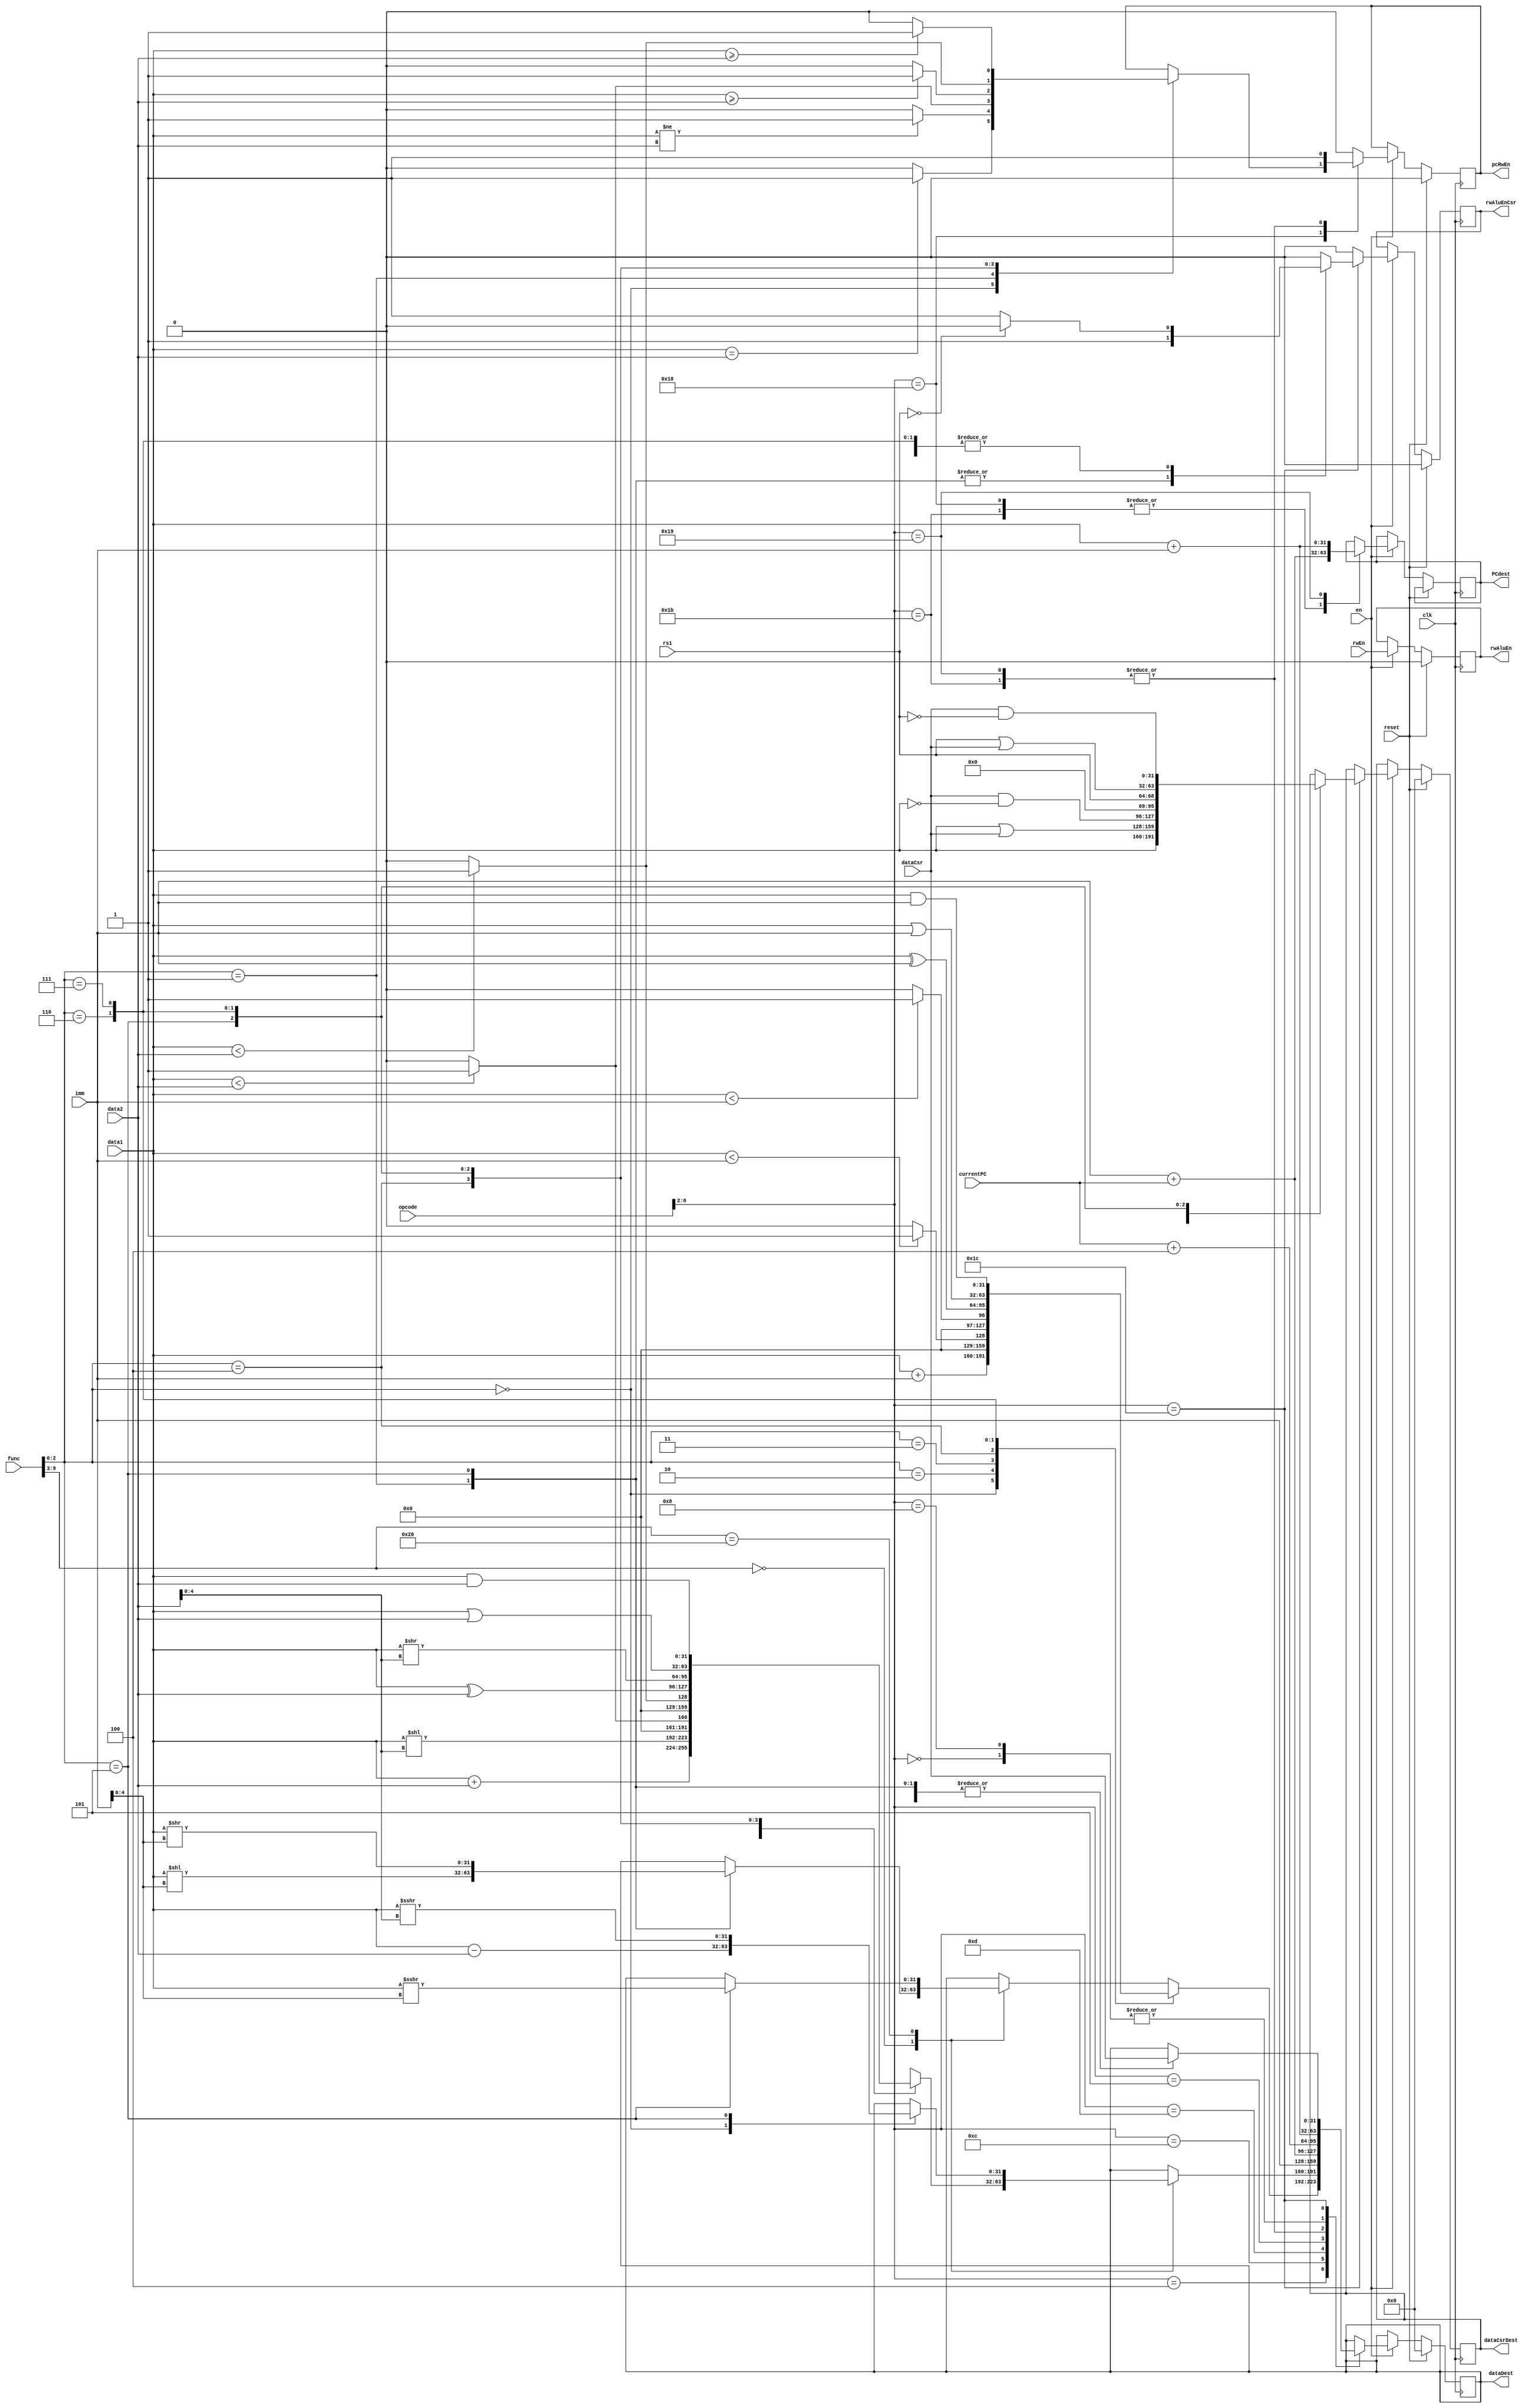
/* verilator lint_off UNUSED */
module alu(
    input wire clk,
    input wire en,
    input wire reset,
    input wire rwEn,
    input wire [31:0] imm,
    input wire [31:0] data1,
    input wire [31:0] data2,
    input wire [31:0] dataCsr,
    output reg [31:0] dataDest,
    output reg [31:0] dataCsrDest,
    input wire [6:0] opcode,
    input wire [14:0] func,
    input wire [31:0] currentPC,
    output reg [31:0] PCdest,
    output reg pcRwEn,
    output reg rwAluEn,
    output reg rwAluEnCsr,
    input wire [4:0] rs1
);

//We will implement the functions in order, first create test functions and the implemnt it

always @(posedge clk) begin
    if(reset) begin
        rwAluEn <= 1'b0;
        dataDest <= 32'h0;
        rwAluEnCsr <= 1'b0;
        pcRwEn <= 1'b0;
        dataCsrDest <= 32'h0;
    end
    else if(en == 1'b1) begin
        rwAluEn <= rwEn;

        case(opcode[6:2])
            5'b00100: begin //OP-IMM normal alu operation
                case(func[2:0])
                    3'b000: begin //ADDI
                        dataDest <= $signed(data1) + $signed(imm);
                    end
                    3'b010: begin //SLTI
                        dataDest <= ($signed(data1) < $signed(imm)) ? 32'h1 : 32'h0;
                    end
                    3'b011: begin //SLTI
                        dataDest <= (data1 < imm) ? 32'h1 : 32'h0;
                    end
                    3'b100: begin //XORI
                        dataDest <= data1 ^ imm;
                    end
                    3'b110: begin //ORI
                        dataDest <= data1 | imm;
                    end
                    3'b111: begin //ANDI
                        dataDest <= data1 & imm;
                    end
                    default: begin
                        case(func[9:3])
                            7'b0000000: begin
                                case(func[2:0])
                                    3'b001: begin
                                        dataDest <= data1 << imm[4:0];
                                    end
                                    3'b101: begin
                                        dataDest <= data1 >> imm[4:0];
                                    end
                                    default: begin

                                    end
                                endcase
                            end
                            7'b0100000: begin
                                case(func[2:0])
                                    3'b101: begin
                                        dataDest <= data1 >>> imm[4:0];
                                    end
                                    default: begin

                                    end
                                endcase
                            end
                            default: begin
                                
                            end
                        endcase
                    end
                endcase
                pcRwEn <= 1'b0;
                rwAluEnCsr <= 1'b0;
            end
            5'b01100: begin //OP normal alu operation
                case(func[9:3])
                    7'b0000000: begin
                        case(func[2:0])
                            3'b000: begin //ADD
                                dataDest <= $signed(data1) + $signed(data2);
                            end
                            3'b001: begin //SLL
                                dataDest <= data1 << data2[4:0];
                            end
                            3'b010: begin //SLT
                                dataDest <= ($signed(data1) < $signed(data2)) ? 32'h1 : 32'h0;
                            end
                            3'b011: begin //SLTU
                                dataDest <= (data1 < data2) ? 32'h1 : 32'h0;
                            end
                            3'b100: begin //XOR
                                dataDest <= data1 ^ data2;
                            end
                            3'b101: begin //SRL
                                dataDest <= data1 >> data2[4:0];
                            end
                            3'b110: begin //OR
                                dataDest <= data1 | data2;
                            end
                            3'b111: begin //AND
                                dataDest <= data1 & data2;
                            end
                            default: begin
                                
                            end
                        endcase
                    end
                    7'b0100000: begin //SUB/SRA
                        case(func[2:0])
                            3'b000: begin //SUB
                                dataDest <= $signed(data1) - $signed(data2);
                            end
                            3'b101: begin //SRA
                                dataDest <= $signed(data1) >>> data2[4:0];
                            end
                            default: begin
                                
                            end
                        endcase
                    end
                    default: begin
                    end
                endcase
                pcRwEn <= 1'b0;
                rwAluEnCsr <= 1'b0;
            end
            5'b01101: begin
                dataDest <= imm;
                pcRwEn <= 1'b0;
                rwAluEnCsr <= 1'b0;
            end
            5'b00101: begin
                dataDest <= imm + currentPC;
                pcRwEn <= 1'b0;
                rwAluEnCsr <= 1'b0;
            end
            5'b11000: begin
                case(func[2:0])
                    3'b000: begin
                        if(data1 == data2) pcRwEn <= 1'b1;
                        else pcRwEn <= 1'b0;
                    end
                    3'b001: begin
                        if(data1 != data2) pcRwEn <= 1'b1;
                        else pcRwEn <= 1'b0;
                    end
                    3'b100: begin
                        if($signed(data1) < $signed(data2)) pcRwEn <= 1'b1;
                        else pcRwEn <= 1'b0;
                    end
                    3'b101: begin
                        if($signed(data1) >= $signed(data2)) pcRwEn <= 1'b1;
                        else pcRwEn <= 1'b0;
                    end
                    3'b110: begin
                        if(data1 < data2) pcRwEn <= 1'b1;
                        else pcRwEn <= 1'b0;
                    end
                    3'b111: begin
                        if(data1 >= data2) pcRwEn <= 1'b1;
                        else pcRwEn <= 1'b0;
                    end
                    default: begin
                        
                    end
                endcase
                PCdest <= currentPC + imm;
                rwAluEnCsr <= 1'b0;
            end
            5'b11011: begin
                pcRwEn <= 1'b1;
                PCdest <= currentPC + imm;
                dataDest <= currentPC + 32'h4;
                rwAluEnCsr <= 1'b0;
            end
            5'b11001: begin
                pcRwEn <= 1'b1;
                PCdest <= data1 + imm;
                dataDest <= currentPC + 32'h4;
                rwAluEnCsr <= 1'b0;
            end
            5'b00000: begin
                pcRwEn <= 1'b0;
                dataDest <= data1 + $signed(imm);
                rwAluEnCsr <= 1'b0;
            end
            5'b01000: begin
                pcRwEn <= 1'b0;
                dataDest <= data1 + $signed(imm);
                rwAluEnCsr <= 1'b0;
            end
            5'b11100: begin
                pcRwEn <= 1'b0;
                case(func[2:0])
                    3'b001: begin
                        dataCsrDest <= data1;
                        dataDest <= dataCsr;
                        rwAluEnCsr <= 1'b1;
                    end
                    3'b010: begin
                        dataCsrDest <= data1 | dataCsr;
                        dataDest <= dataCsr;
                        if(rs1 == 5'h0) rwAluEnCsr <= 1'b0;
                        else rwAluEnCsr <= 1'b1;
                    end
                    3'b011: begin
                        dataCsrDest <= dataCsr & ~(data1);
                        dataDest <= dataCsr;
                        if(rs1 == 5'h0) rwAluEnCsr <= 1'b0;
                        else rwAluEnCsr <= 1'b1;
                    end

                    3'b101: begin
                        dataCsrDest <= {27'h0, rs1};
                        dataDest <= dataCsr;
                        rwAluEnCsr <= 1'b1;
                    end
                    3'b110: begin
                        dataCsrDest <= {27'h0, rs1} | dataCsr;
                        dataDest <= dataCsr;
                        if(rs1 == 5'h0) rwAluEnCsr <= 1'b0;
                        else rwAluEnCsr <= 1'b1;
                    end
                    3'b111: begin
                        dataCsrDest <= dataCsr & ~({27'h0, rs1});
                        dataDest <= dataCsr;
                        if(rs1 == 5'h0) rwAluEnCsr <= 1'b0;
                        else rwAluEnCsr <= 1'b1;
                    end
                    default: begin
                        rwAluEnCsr <= 1'b0;
                    end
                endcase
            end
            default: begin
                pcRwEn <= 1'b0;
                rwAluEnCsr <= 1'b0;
            end
        endcase
    end
end

endmodule